Annual administration report of the Civil Veterinary Department, Ajmere-Merwara, British Rajputana - 1914-1940
Year: 1914
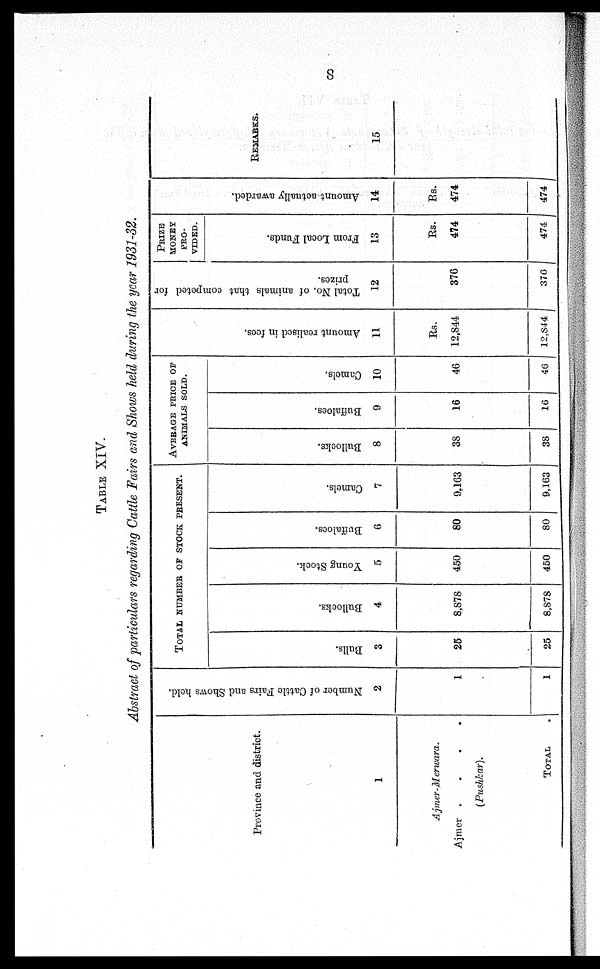
8
TABLE XIV.
Abstract of particulars regarding Cattle Fairs and Shows held during the year 1931-32.
Province and district.
1
Ajmer-Merwara.
Ajmer .
.
.
.
(Pushkar).
TOTAL .
Number of Cattle Fairs and Shows held.
2
1
1
TOTAL NUMBER OF STOCK PRESENT.
Bulls.
3
25
25
Bullocks.
4
8,878
8,878
Young Stock.
5
450
450
Buffaloes.
6
80
80
Camels.
7
9.163
9,163
AVERAGE PRICE OF
ANIMALS SOLD.
Bullocks.
8
38
38
Buffaloes.
9
16
16
Camols.
10
46
46
Amo u n t r eal i s ed in fees.
11
Rs.
12,844
12,844
Total No, of animals that competed for
prizes.
12
376
370
PRIZE
MONEY
PRO-
VIDED.
From Local Funds.
13
Rs.
474
474
Amo u n t actually awarded.
14
Rs.
474
474
REMARKS.
15